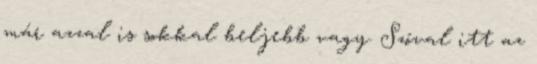
már azzal is sokkal beljebb vagy. Szóval itt az